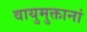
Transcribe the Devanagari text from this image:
वायुमुक्तानां